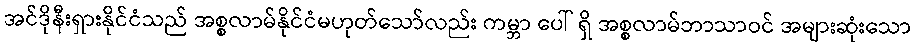
အင်ဒိုနီးရှားနိုင်ငံသည် အစ္စလာမ်နိုင်ငံမဟုတ်သော်လည်း ကမ္ဘာ ပေါ် ရှိ အစ္စလာမ်ဘာသာဝင် အများဆုံးသော